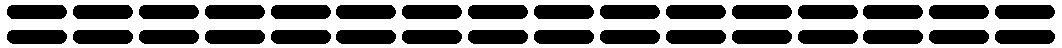
================